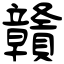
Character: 贛